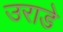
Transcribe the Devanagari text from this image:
उराडे